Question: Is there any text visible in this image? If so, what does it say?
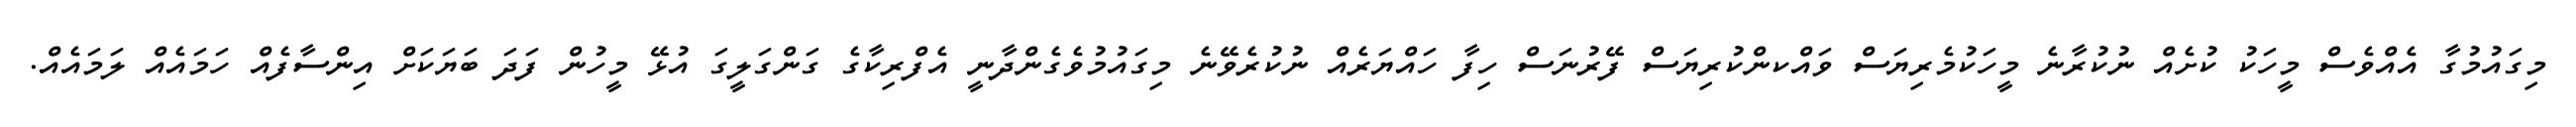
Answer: މިގައުމުގާ އެއްވެސް މީހަކު ކުށެއް ނުކުރާނެ މީހަކުމެރިޔަސް ވައްކންކުރިޔަސް ފޭރުނަސް ހިފާ ހައްޔަރެއް ނުކުރެވޭނެ މިގައުމުވެގެންދާނީ އެފްރިކާގެ ގަންގަލީގަ އުޅޭ މީހުން ފަދަ ބަޔަކަށް އިންސާފެއް ހަމައެއް ލަމައެއް.